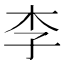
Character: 李